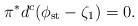
LaTeX: \begin{align*}\pi^*d^c (\phi_{\rm st} - \zeta_1)=0.\end{align*}